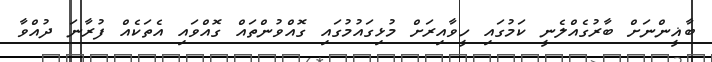
ބާޣީންނަށް ބާރުގެއްލެނީ ކަމުގައި ހީވާއިރަށް މުޅިގައުމުގައި ގޮއްވުންތައް ގޮއްވައި އެތަކެއް ފުރާނަ ދުއްވާ